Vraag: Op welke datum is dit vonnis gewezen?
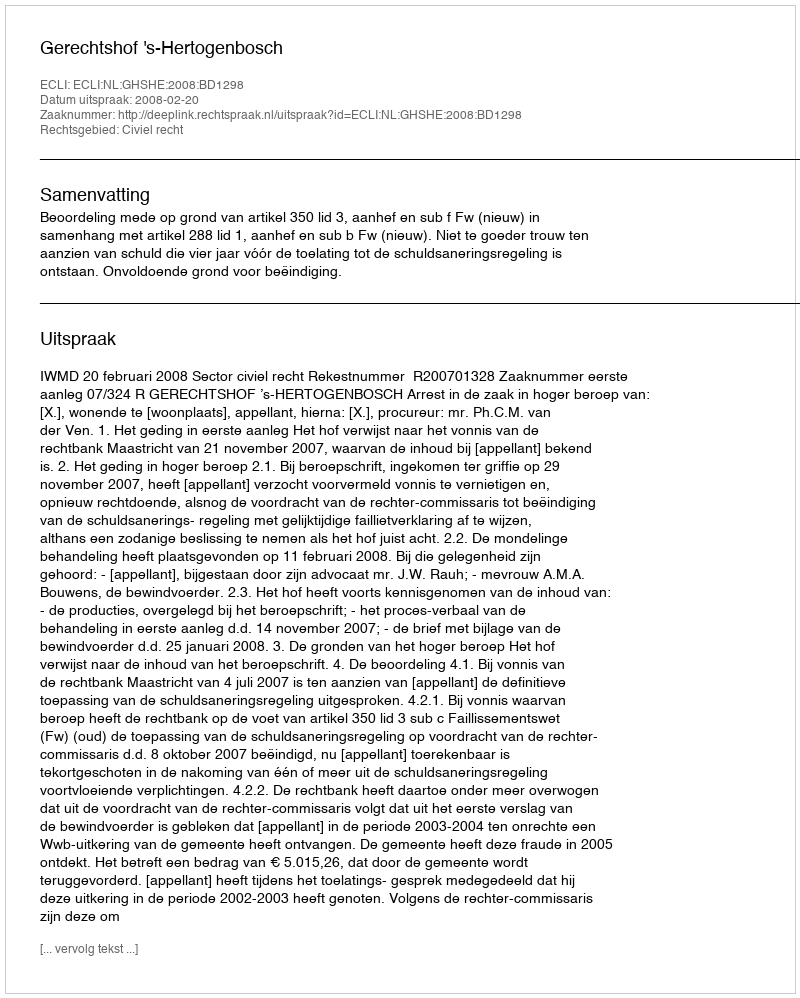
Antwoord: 2008-02-20